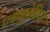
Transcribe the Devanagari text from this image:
एक्युलेगिया